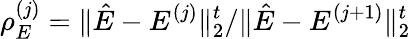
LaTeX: \rho_{E}^{(j)}={\| \hat{E}-E^{(j)}\| _{2}^{t}}/{\| \hat{E}-E^{(j+1)}\| _{2}^{t}}